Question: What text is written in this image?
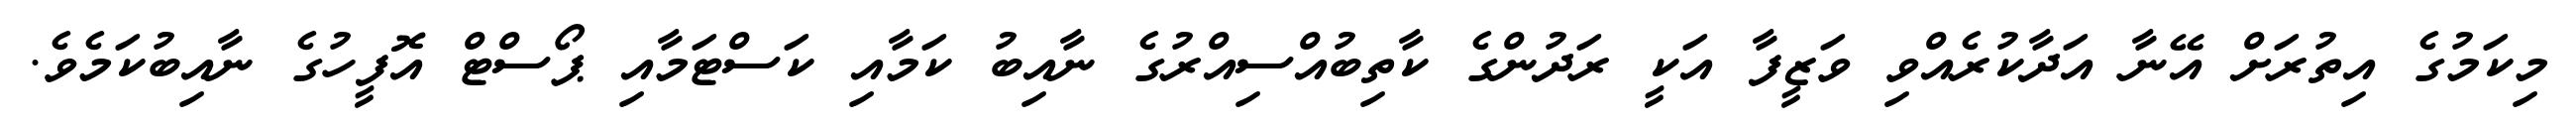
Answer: މިކަމުގެ އިތުރަށް އޭނާ އަދާކުރެއްވި ވަޒީފާ އަކީ ރަދުންގެ ކާތިބުއްސިއްރުގެ ނާއިބު ކަމާއި ކަސްޓަމާއި ޕޯސްޓް އޮފީހުގެ ނާއިބުކަމެވެ.